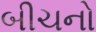
બીચનો